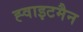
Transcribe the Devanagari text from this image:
ह्वाइटमैन